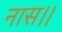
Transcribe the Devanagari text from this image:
नास।।